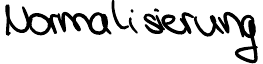
Normalisierung